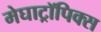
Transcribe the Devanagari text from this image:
मेघाट्रॉपिक्स